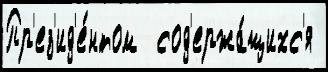
Пр'ез'ид'е́нтом  сод'ержа́щихс'я